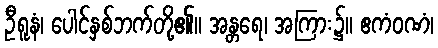
ဦရူနံ၊ ပေါင်နှစ်ဘက်တို့၏။ အန္တရေ၊ အကြား၌။ ဧကံဝဏံ၊